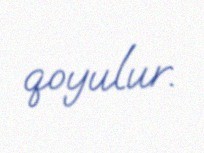
qoyulur.